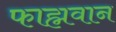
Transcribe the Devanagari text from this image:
फाह्मवान